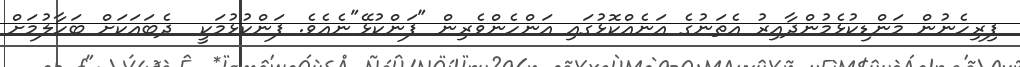
ފިރިހެނުން މަންޑިކުޅެމުންދާއިރު އެތަނުގެ އަނެއްކޮޅުގައި އަންހެންވެރިން "ފަންކުޅޭ"ނެއެވެ. ފަންކުޅުމަކީ  ދެބައަކަށް ބަހާލުމަށް